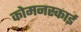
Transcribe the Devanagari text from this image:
कोमनस्काई